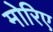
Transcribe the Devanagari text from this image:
मोरिए